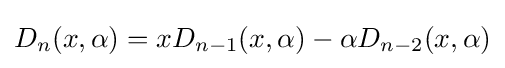
D_{n}(x,\alpha )=xD_{n-1}(x,\alpha )-\alpha D_{n-2}(x,\alpha )